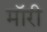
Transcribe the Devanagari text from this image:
मॉरी